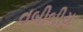
તબીબીય